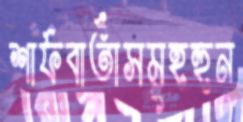
শার্ফবার্তাসমূহহুন